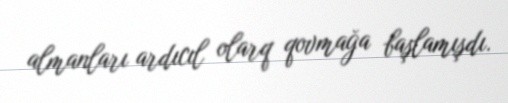
almanları ardıcıl olarq qovmağa başlamışdı.